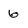
Character: 6